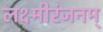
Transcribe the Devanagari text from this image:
लक्ष्मीरंजनम्